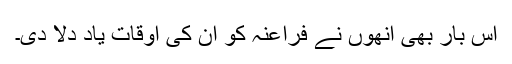
اس بار بھی انھوں نے فراعنہ کو ان کی اوقات یاد دلا دی۔